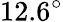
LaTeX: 12.6^{\circ}